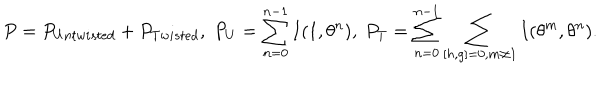
LaTeX: P = P _ { U n t w i s t e d } + P _ { T w i s t e d } , \; P _ { U } = \sum _ { n = 0 } ^ { n - 1 } I ( 1 , \theta ^ { n } ) , \; P _ { T } = \sum _ { n = 0 } ^ { n - 1 } \sum _ { [ h , g ] = 0 , m \neq 1 } I ( \theta ^ { m } , \theta ^ { n } ) .